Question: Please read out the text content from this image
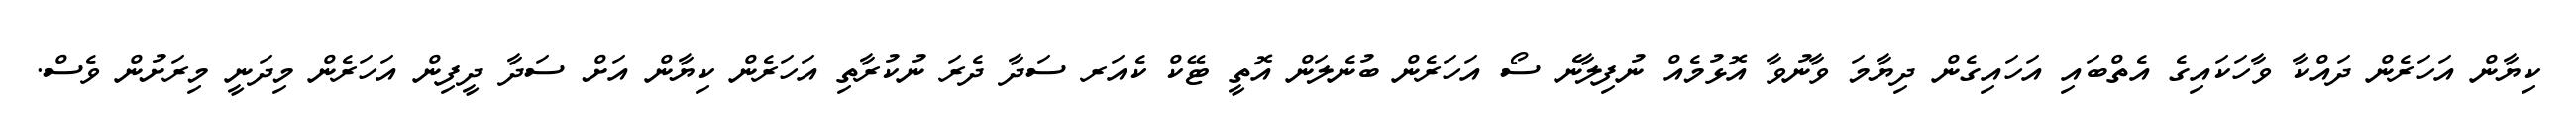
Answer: ކިޔާން އަހަރެން ދައްކާ ވާހަކައިގެ އެތްބައި އަހައިގެން ދިޔާމަ ވާނުވާ އޮޅުމެއް ނުފިލާނެ ސޯ އަހަރެން ބުނެލަން އޮތީ ޓޭކް ކެއަރ ސަދާ ދެރަ ނުކުރާތި އަހަރެން ކިޔާން އަށް ސަދާ ދީފިން އަހަރެން މިދަނީ މިރަށުން ވެސް.